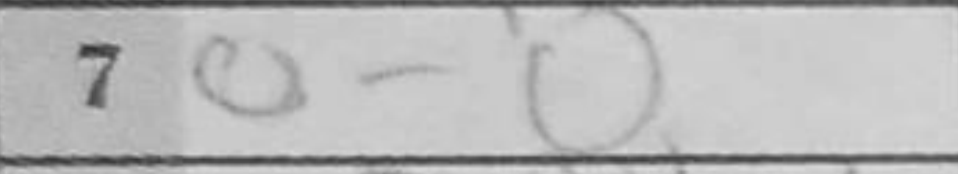
Transcription: O-O